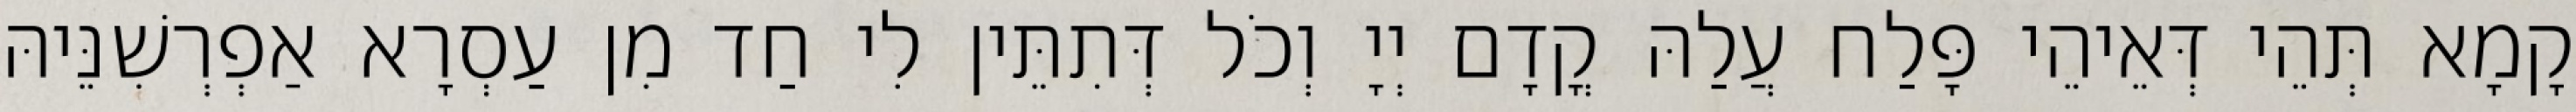
קָמָא תְּהֵי דְּאֵיהֵי פָּלַח עֲלַהּ קֳדָם יְיָ וְכֹל דְּתִתֵּין לִי חַד מִן עַסְרָא אַפְרְשִׁנֵּיהּ